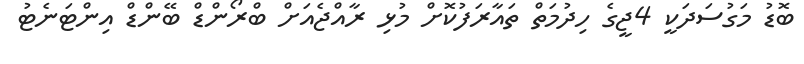
ބޮޑު މަގުސަދަކީ 4ޖީގެ ހިދުމަތް ތައާރަފުކޮށް މުޅި ރާއްޖެއަށް ބްރޯންޑް ބޭންޑް އިންޓަނެޓު